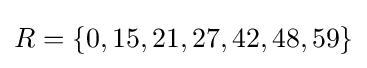
R=\{0,15,21,27,42,48,59\}